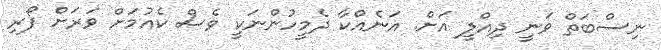
ނިސްބަތް ވަނީ ދިއްލީ އަށް. އަނެއްކާ ދެމީހުންނަކީ ވެސް ކެއުމަށް ވަރަށް ފޯރި